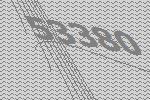
53380